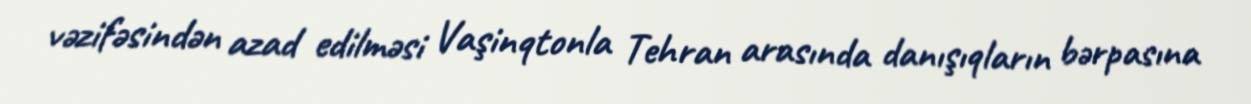
vəzifəsindən azad edilməsi Vaşinqtonla Tehran arasında danışıqların bərpasına